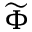
\widetilde { \Phi }